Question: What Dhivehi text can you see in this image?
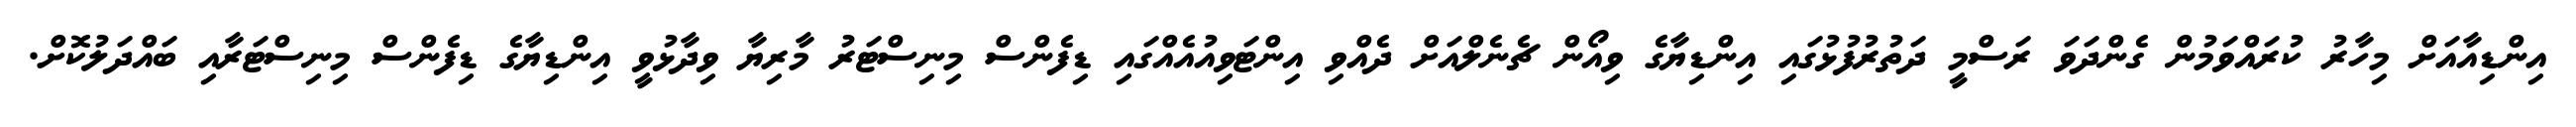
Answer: އިންޑިއާއަށް މިހާރު ކުރައްވަމުން ގެންދަވަ ރަސްމީ ދަތުރުފުޅުގައި އިންޑިޔާގެ ވިއޯން ޗެނެލްއަށް ދެއްވި އިންޓަވިއުއެއްގައި ޑިފެންސް މިނިސްޓަރު މާރިޔާ ވިދާޅުވީ އިންޑިޔާގެ ޑިފެންސް މިނިސްޓަރާއި ބައްދަލުކޮށް.